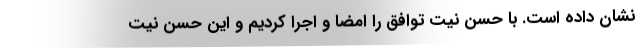
نشان داده است. با حسن نیت توافق را امضا و اجرا کردیم و این حسن نیت